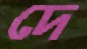
দে